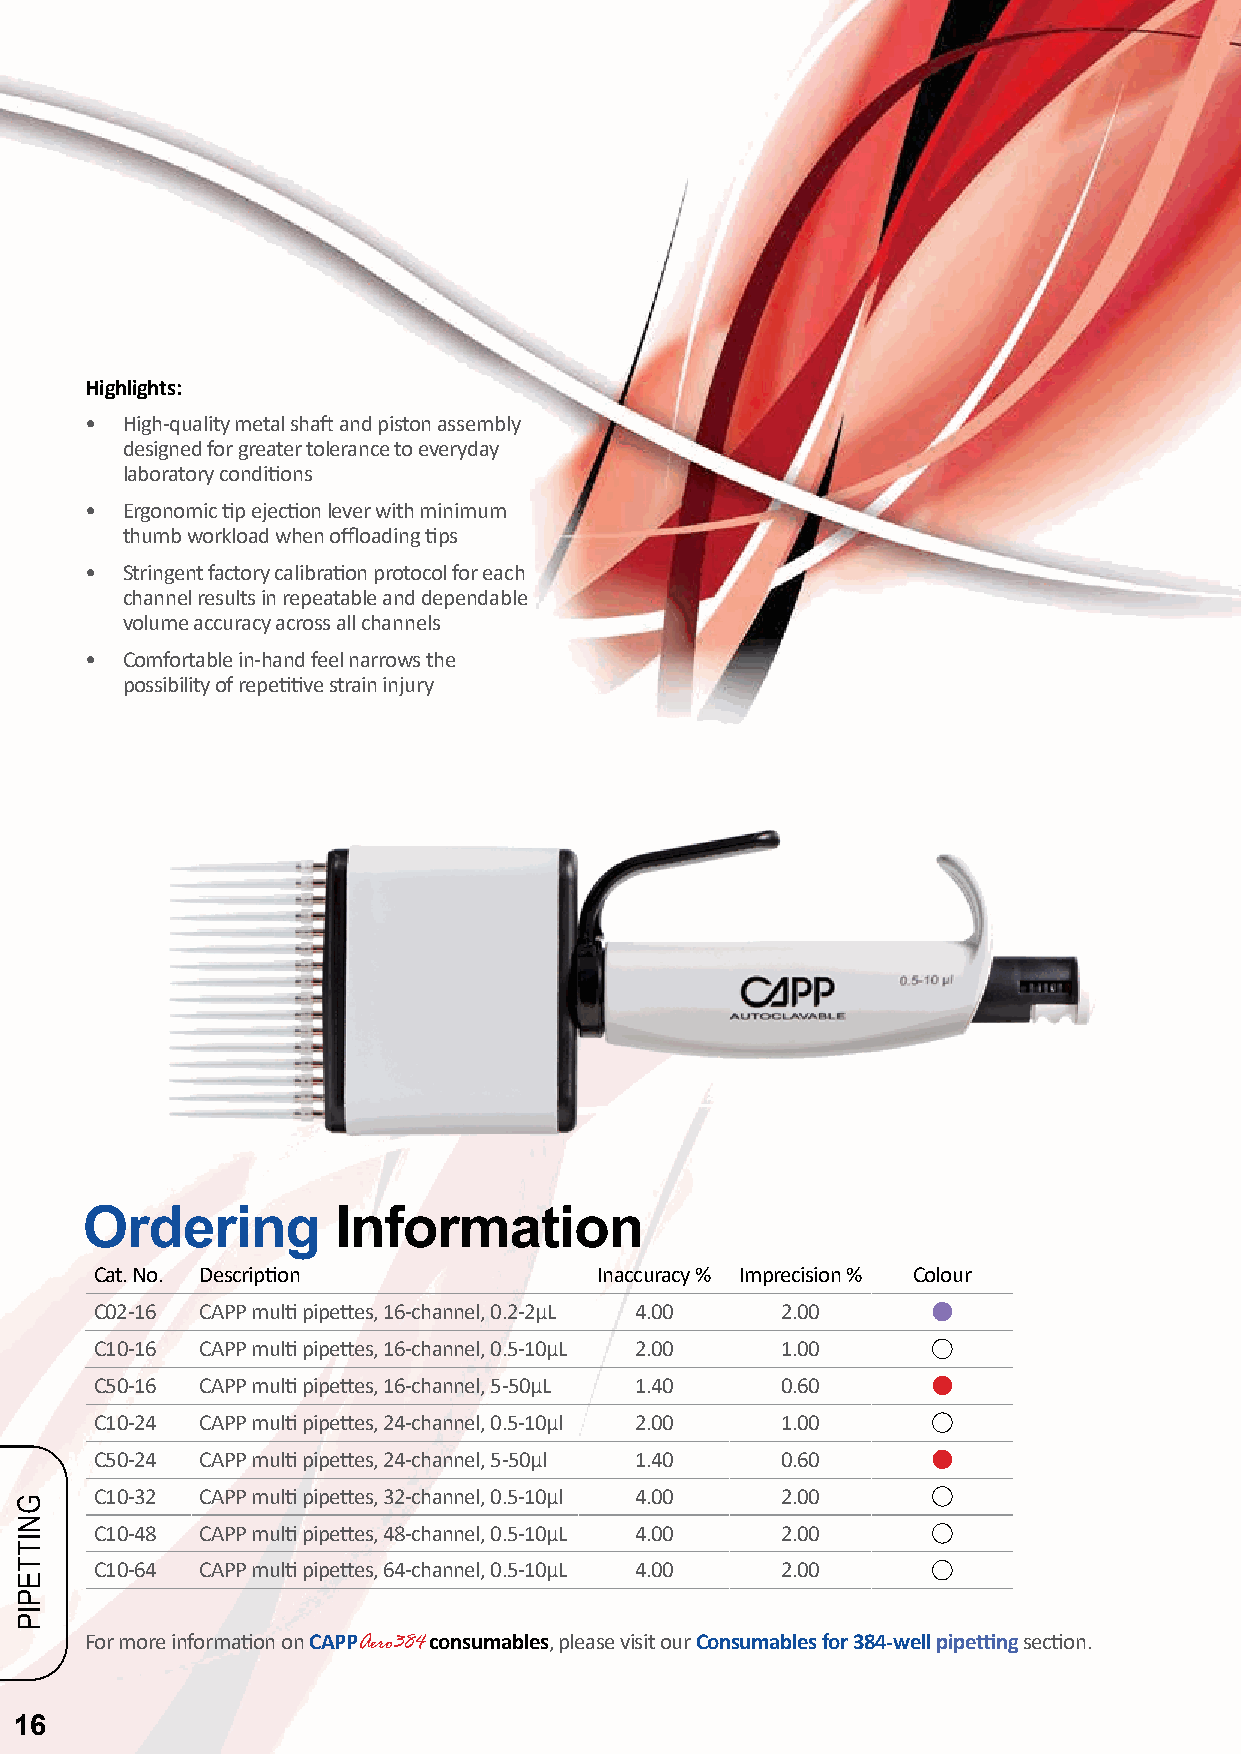
Highlights:
 • High-quality metal shaft and piston assembly
 designed for greater tolerance to everyday
 laboratory conditions
 • Ergonomic tip ejection lever with minimum
 thumb workload when offloading tips
 • Stringent factory calibration protocol for each
 channel results in repeatable and dependable
 volume accuracy across all channels
 • Comfortable in-hand feel narrows the
 possibility of repetitive strain injury
 Ordering         Information
 Cat. No. Description              Inaccuracy % Imprecision % Colour
 C02-16 CAPP multi pipettes, 16-channel, 0.2-2µL 4.00 2.00
 C10-16 CAPP multi pipettes, 16-channel, 0.5-10µL 2.00 1.00
 C50-16 CAPP multi pipettes, 16-channel, 5-50µL 1.40 0.60
 C10-24 CAPP multi pipettes, 24-channel, 0.5-10µl 2.00 1.00
 C50-24 CAPP multi pipettes, 24-channel, 5-50µl 1.40 0.60
 C10-32 CAPP multi pipettes, 32-channel, 0.5-10µl 4.00 2.00
 C10-48 CAPP multi pipettes, 48-channel, 0.5-10µL 4.00 2.00
 C10-64 CAPP multi pipettes, 64-channel, 0.5-10µL 4.00 2.00
 For more information on CAPPAero384 consumables, please visit our Consumables for 384-well pipetting section.
 16
 GNITTEPIP